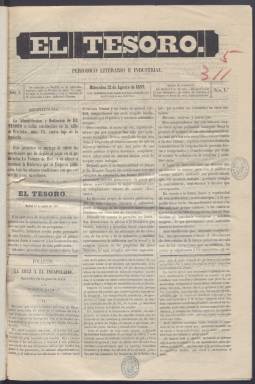
Título: El Tesoro (Madrid)
Colección: Periódicos || Economía
Ámbito geográfico: Madrid
Lugar de publicación: Madrid
Fechas: 12/08/1857-27/11/1857